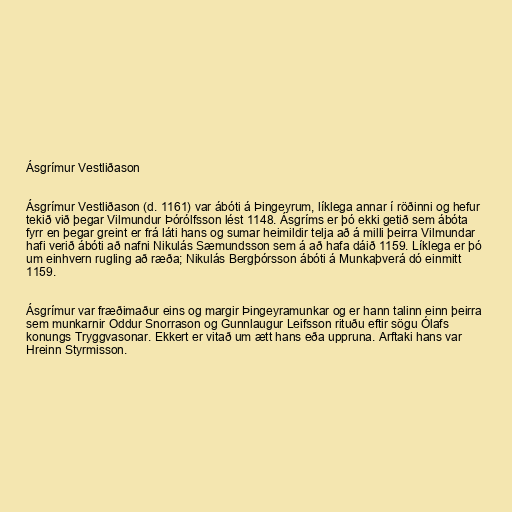
Ásgrímur Vestliðason

Ásgrímur Vestliðason (d. 1161) var ábóti á Þingeyrum, líklega annar í röðinni og hefur
tekið við þegar Vilmundur Þórólfsson lést 1148. Ásgríms er þó ekki getið sem ábóta
fyrr en þegar greint er frá láti hans og sumar heimildir telja að á milli þeirra Vilmundar
hafi verið ábóti að nafni Nikulás Sæmundsson sem á að hafa dáið 1159. Líklega er þó
um einhvern rugling að ræða; Nikulás Bergþórsson ábóti á Munkaþverá dó einmitt
1159.

Ásgrímur var fræðimaður eins og margir Þingeyramunkar og er hann talinn einn þeirra
sem munkarnir Oddur Snorrason og Gunnlaugur Leifsson rituðu eftir sögu Ólafs
konungs Tryggvasonar. Ekkert er vitað um ætt hans eða uppruna. Arftaki hans var
Hreinn Styrmisson.